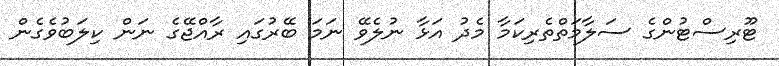
ޓޫރިސްޓުންގެ ސަލާމަތްތެރިކަމާ މެދު އަޅާ ނުލެވޭ ނަމަ ބޭރުގައި ރާއްޖޭގެ ނަން ކިލަބުވެގެން